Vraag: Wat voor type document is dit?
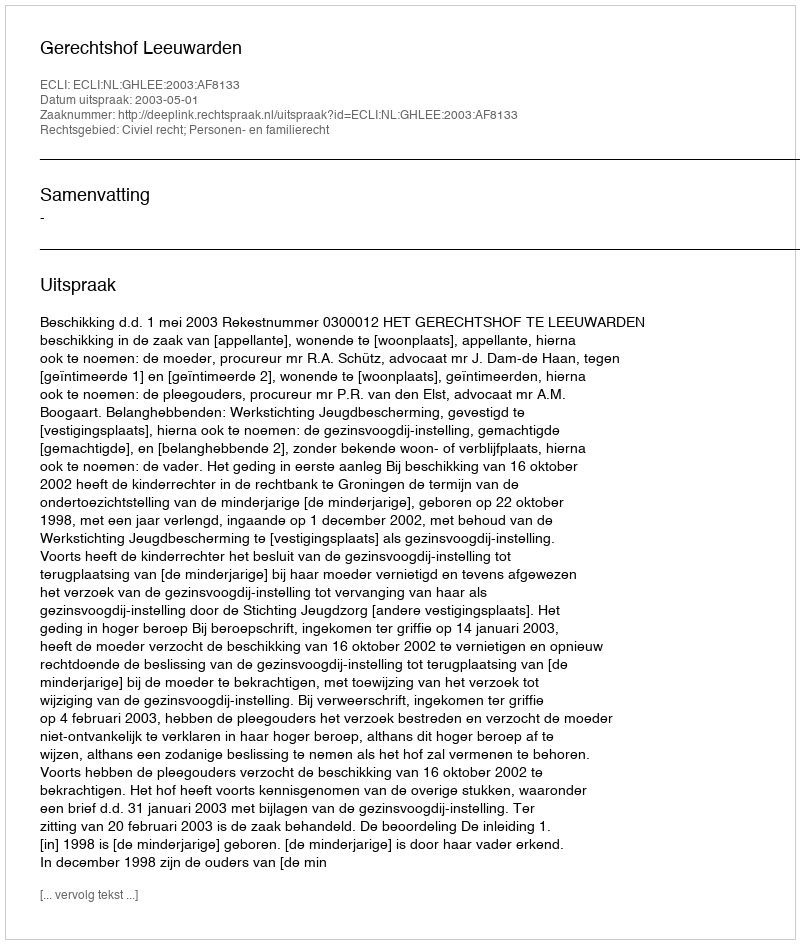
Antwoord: Uitspraak